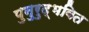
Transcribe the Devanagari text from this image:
पुनुरुद्भवित